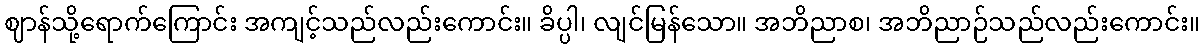
ဈာန်သို့ရောက်ကြောင်း အကျင့်သည်လည်းကောင်း။ ခိပ္ပါ၊ လျင်မြန်သော။ အဘိညာစ၊ အဘိညာဉ်သည်လည်းကောင်း။